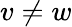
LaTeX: v\ne w